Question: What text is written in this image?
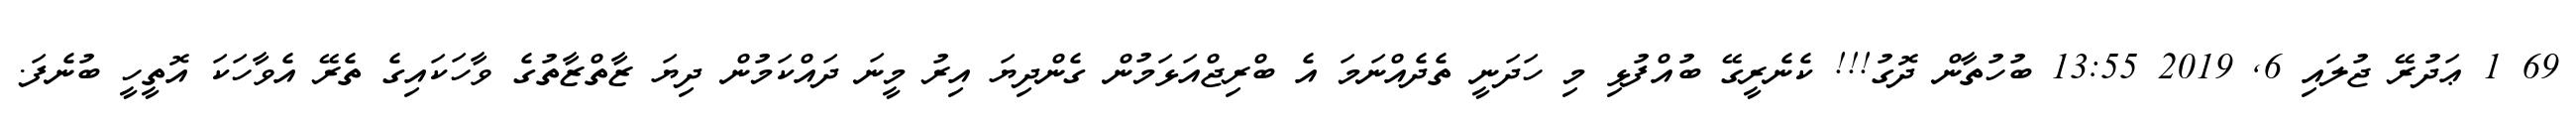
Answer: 69 1 ޢަދުރޭ ޖުލައި 6, 2019 13:55 ބުހުތާން ދޮގު!!! ކެނެރީގޭ ބުއްފުޅި މި ހަދަނީ ތެދެއްނަމަ އެ ބްރިޖްއަޅަމުން ގެންދިޔަ އިރު މީނަ ދައްކަމުން ދިޔަ ޒާތްޒާތުގެ ވާހަކައިގެ ތެރޭ އެވާހަކަ އޮތީހީ ބުނެފަ.